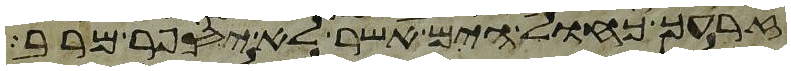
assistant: זרעך כחול הים אשר לא יספר מרב